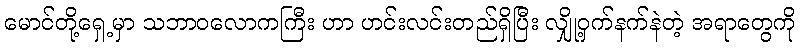
မောင်တို့ရှေ့မှာ သဘာဝလောကကြီး ဟာ ဟင်းလင်းတည်ရှိပြီး လျှို့ဝှက်နက်နဲတဲ့ အရာတွေကို